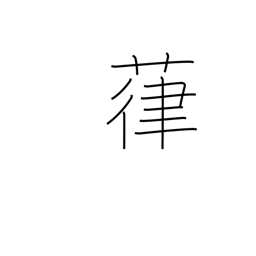
Meaning: vines